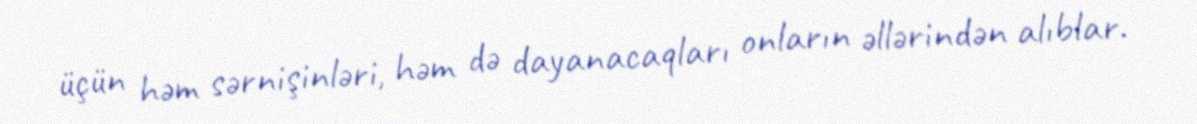
üçün həm sərnişinləri, həm də dayanacaqları onların əllərindən alıblar.